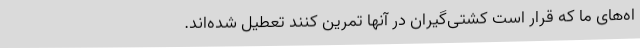
اه‌های ما که قرار است کشتی‌گیران در آنها تمرین کنند تعطیل شده‌اند.